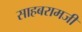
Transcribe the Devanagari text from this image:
साहबरामजी